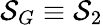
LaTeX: {\cal S}_{G}\equiv{\cal S}_{2}